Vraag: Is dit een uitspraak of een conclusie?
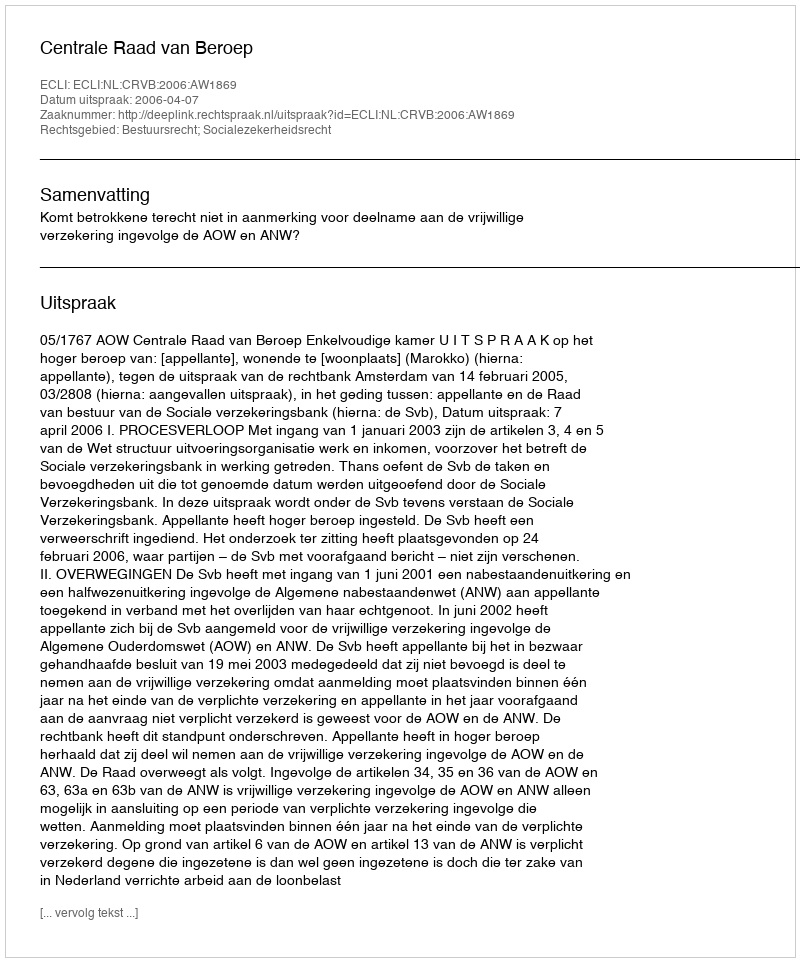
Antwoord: Uitspraak